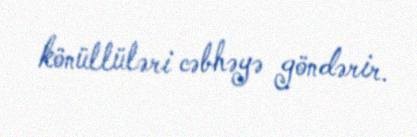
könüllüləri cəbhəyə göndərir.